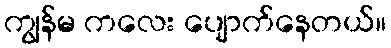
ကျွန်မ ကလေး ပျောက်နေတယ်။